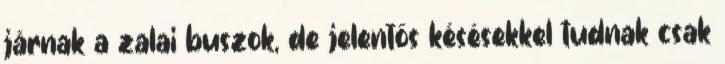
járnak a zalai buszok, de jelentős késésekkel tudnak csak